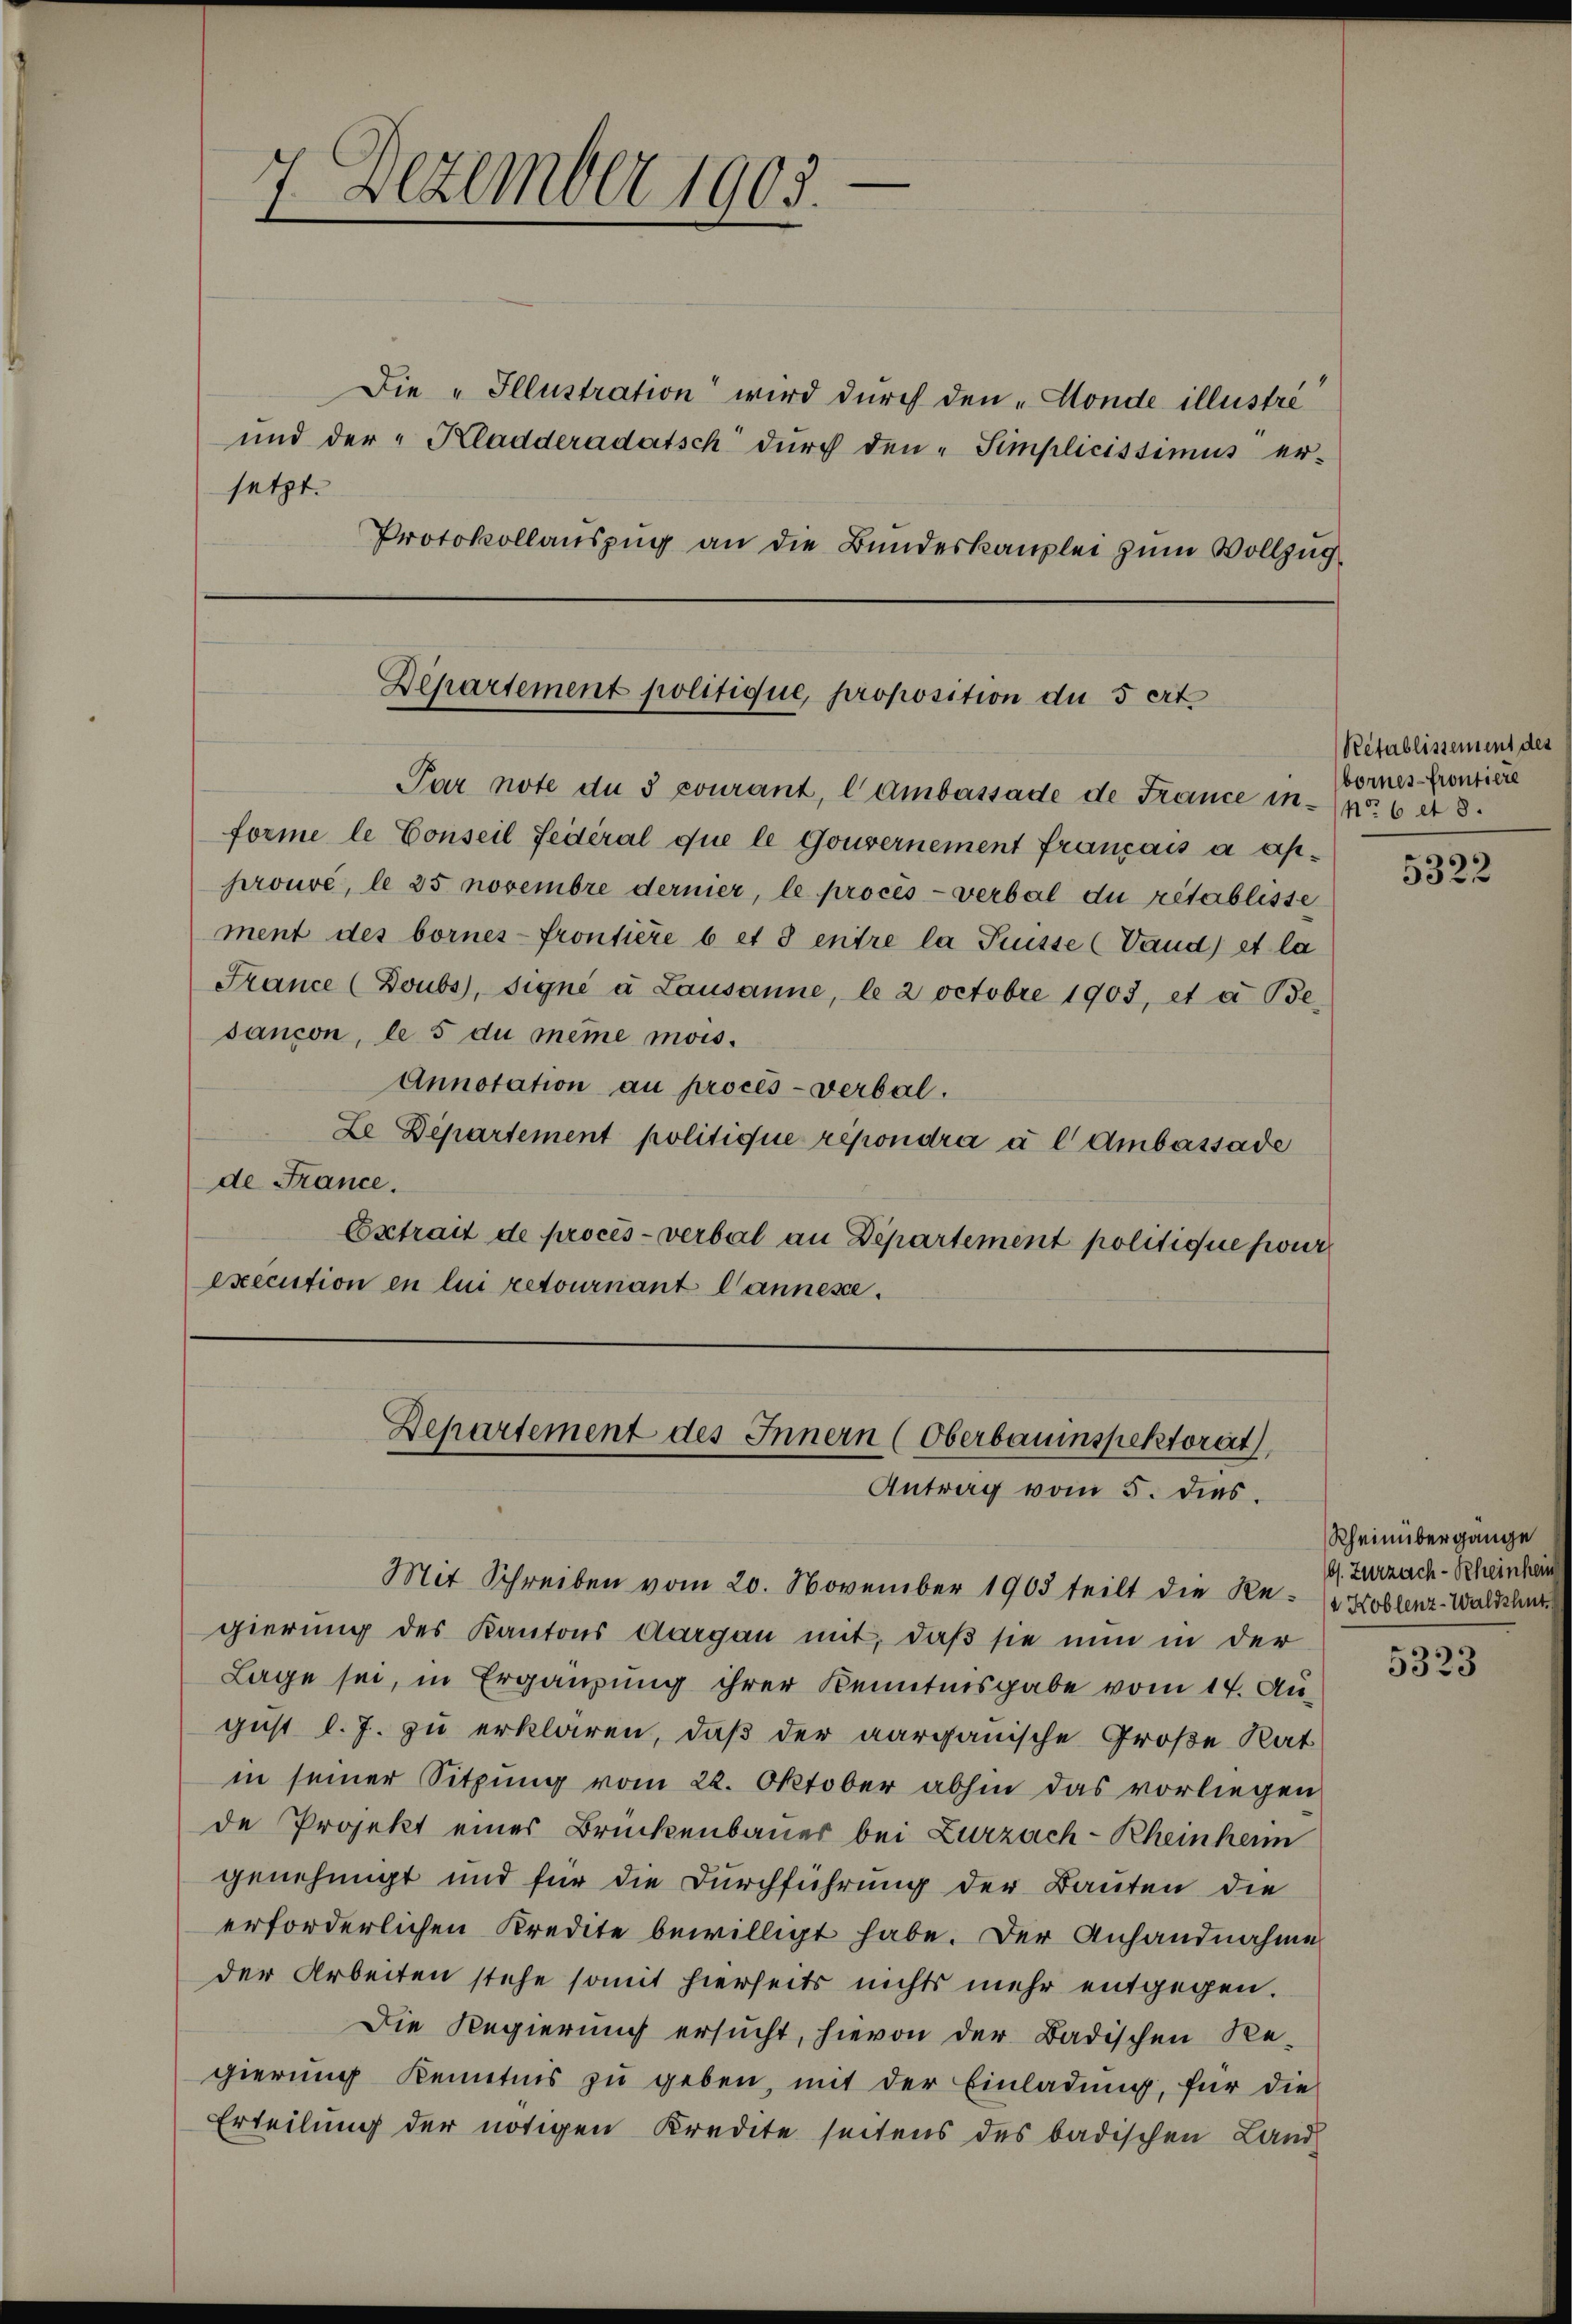
7 Dezember 1903.

setzt.

Die „Illustration wird durch den „Honde illustri
und der "Kladderadatsch dŭrch den-Simplicissimus er-
Protokollauszug an die Bundeskanzlei zum Vollzug

Departement politique, proposition du 5 ert

Par note du s courant, lambassade de France in 6 n 8.
forme le Conseil fédéral que le Gouvernement français à approuvé, le 25 novembre dernier, le procès-verbal du rétablisse
ment des bornes-frontiere b et 3 entre la Puisse (Vand) et la
France (Doubs), signé à Lausanne, le 2 Octobre 1903, et a. Be-
sançon, le 5 du même mois.
Annotation au procès-verbal.
Le Departement politique répondra a l Ambassade
de France.
Extrait de procès-verbal an Departement politique pour
execution en lui retournant lannesse.

Departement des Innern (Oberbauinspektorat
Antrag vom 5. dies

Mit Schreiben vom 20. November 1903 teilt die Re- (Koblenz-Waldshut
gierung des Kantons Aargau mit, daß sie nun in der
Lage sei, in Ergänzung ihrer Kenntnisgabe vom 14. Au
gust l. J. zu erklären, daß der aargauische Große Rat
in seiner Sitzung vom 22. Oktober abhin das vorliegen
de Projekt eines Brückenbauer bei Zurzach-Rheinheim
genehmigt und für die Durchführung der Bauten die
erforderlichen Kredite bewilligt habe. Der Anhandnahme
der Arbeiten stehe somit hierseits nichts mehr entgegen.
Die Regierung ersucht, hievon der Badischen Re-
gierŭng Kenntnis zŭ geben, mit der Einladŭng, für die
Erteilung der nötigen Kredite seitens des badischen Land¬

Prétablissement des
bornes-frontiere

5322

Rheinübergänge
bs. Zurzach-Rheinheim

5323